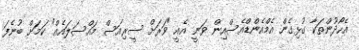
އެހޯދުންތަކާ ގުޅިގެން އެމްއެންޑްއެސްއިން ވަނީ އެއީ "ވަރަށް ސީރިއަސް މައްސަލައެއް" ކަމަށް ބުނެފަ